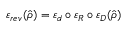
\varepsilon _ { r e v } ( \hat { \rho } ) = \varepsilon _ { d } \circ \varepsilon _ { R } \circ \varepsilon _ { D } ( \hat { \rho } )